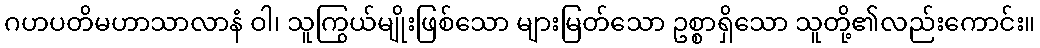
ဂဟပတိမဟာသာလာနံ ဝါ၊ သူကြွယ်မျိုးဖြစ်သော များမြတ်သော ဥစ္စာရှိသော သူတို့၏လည်းကောင်း။